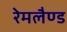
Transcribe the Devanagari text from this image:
रेमलैण्ड